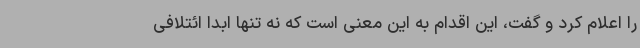
را اعلام کرد و گفت، این اقدام به این معنی است که نه تنها ابدا ائتلافی